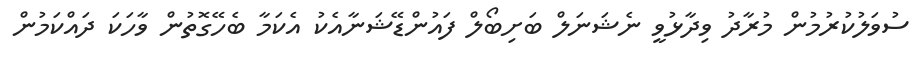
ސުވަލުކުރުމުން މުރާދު ވިދާޅުވީ ނެޝަނަލް ބަށިބޯލް ފައުންޑޭޝަނާއެކު އެކަމާ ބެހޭގޮތުން ވާހަކަ ދައްކަމުން